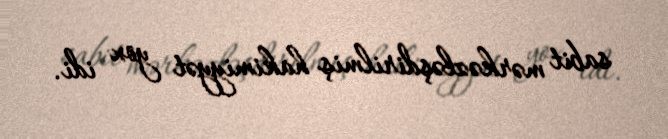
sabit mərkəzləşdirilmiş hakimiyyət yox idi.